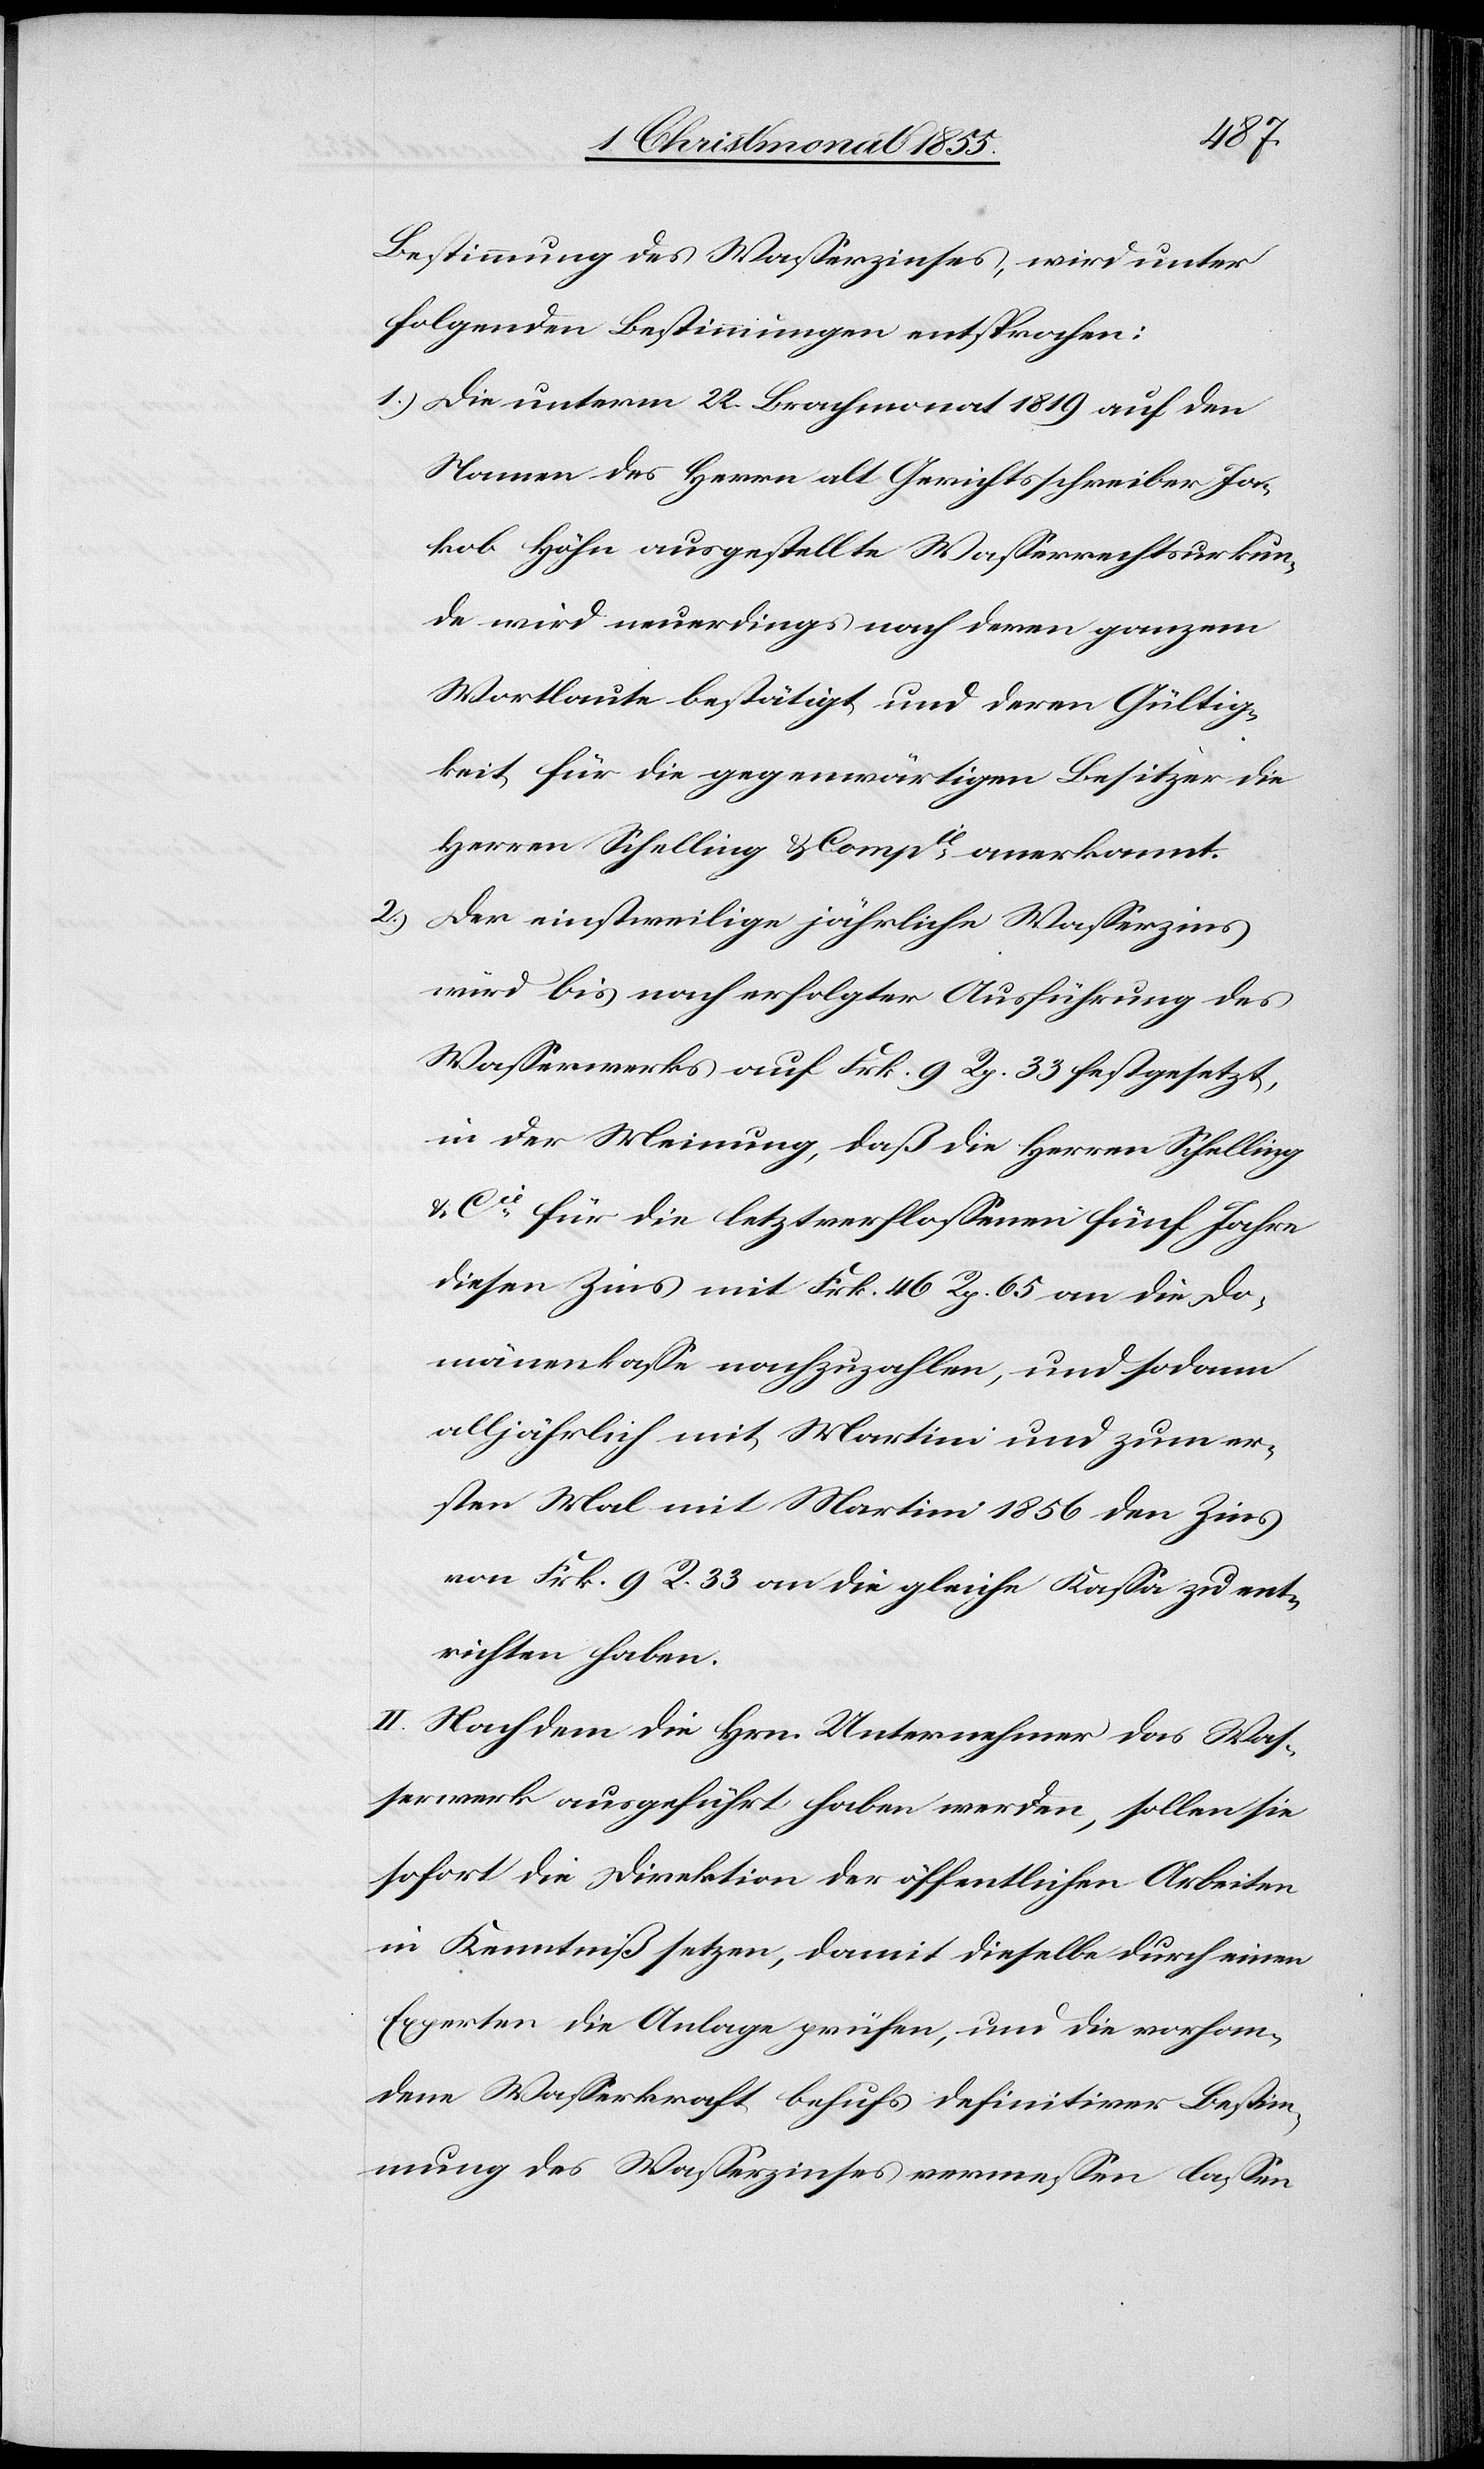
2.)

Bestimmung des Wasserzinses, wird unter
folgenden Bestimmungen entsprochen:
Die unterm 22. Brachmonat 1819 auf den
Namen des Herrn alt Gerichtsschreiber Ja¬
kob Höhn ausgestellte Wasserrechtsurkun¬
de wird neuerdings nach deren ganzem
Wortlaute bestätigt und deren Gültig¬
keit für die gegenwärtigen Besitzer die
Herren Schelling & Compie anerkannt.
Der einstweilige jährliche Wasserzins
wird bis nach erfolgter Ausführung des
Wasserwerks auf Frk. 9 Rp. 33 festgesetzt,
in der Meinung, daß die Herren Schelling
& Cie für die letztverflossenen fünf Jahre
diesen Zins mit Frk. 46 Rp. 65 an die Do¬
mänenkasse nachzuzahlen, und sodann
alljährlich mit Martini und zum er¬
sten Mal mit Martini 1856 den Zins
von Frk. 9 R. 33 an die gleiche Kassa zu ent¬
richten haben.
II. Nachdem die Hrn. Unternehmer das Was¬
serwerk ausgeführt haben werden, sollen sie
sofort die Direktion der öffentlichen Arbeiten
in Kenntniß setzen, damit dieselbe durch einen
Experten die Anlage prüfen, und die vorhan¬
dene Wasserkraft behufs definitiver Bestim¬
mung des Wasserzinses vermessen lassen